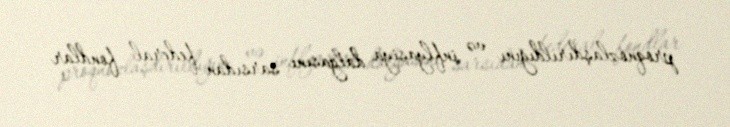
proqnozlaşdırıldığını və inflyasiya dalğasını sarsıdan federal fondlar